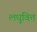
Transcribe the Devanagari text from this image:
लघुवित्त